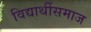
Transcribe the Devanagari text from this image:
विद्यार्थीसमाज